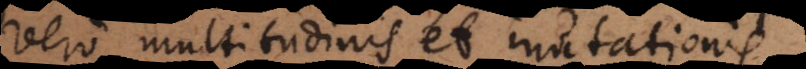
vero multitudinis et mutationis.